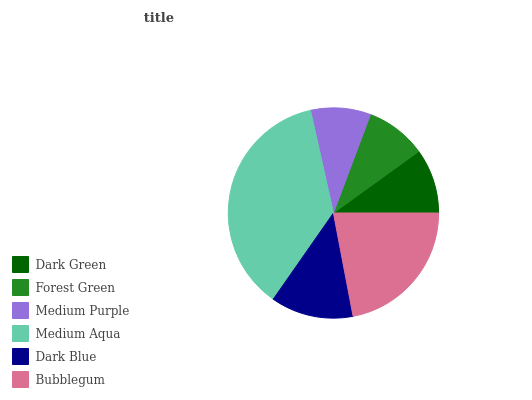
| Dark Green | Forest Green | Medium Purple | Medium Aqua | Dark Blue | Bubblegum |
 | --- | --- | --- | --- | --- | --- |
 | 9.96% | 9.33% | 9.22% | 36.8% | 12.7% | 22% |